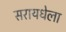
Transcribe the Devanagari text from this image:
सरायधेला